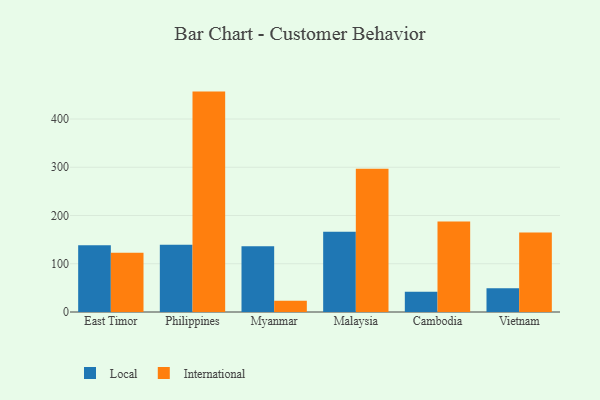
{"axis": {"x": "Country", "y": "Net Income (USD K)"}, "legend": ["International", "Local"], "data": [{"x": "East Timor", "y": 138.2, "type": "Local"}, {"x": "East Timor", "y": 122.6, "type": "International"}, {"x": "Philippines", "y": 139.3, "type": "Local"}, {"x": "Philippines", "y": 456.8, "type": "International"}, {"x": "Myanmar", "y": 136.2, "type": "Local"}, {"x": "Myanmar", "y": 23.5, "type": "International"}, {"x": "Malaysia", "y": 166.3, "type": "Local"}, {"x": "Malaysia", "y": 297.0, "type": "International"}, {"x": "Cambodia", "y": 42.1, "type": "Local"}, {"x": "Cambodia", "y": 187.5, "type": "International"}, {"x": "Vietnam", "y": 49.1, "type": "Local"}, {"x": "Vietnam", "y": 164.8, "type": "International"}]}